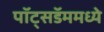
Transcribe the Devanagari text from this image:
पॉट्सडॅममध्ये